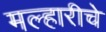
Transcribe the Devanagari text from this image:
मल्हारीचे